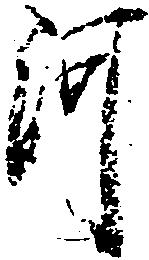
河